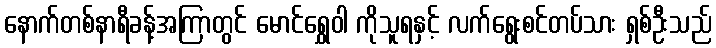
နောက်တစ်နာရီခန့်အကြာတွင် မောင်ရွှေဝါ ကိုသူရနှင့် လက်ရွေးစင်တပ်သား ရှစ်ဦးသည်